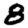
Digit: 8